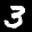
Label: 3